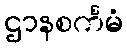
ဌာနစင်္ကမံ